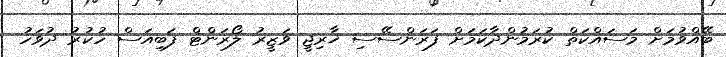
ބޭއްވުމަށް މަސައްކަތް ކުރަމުންދާކަމަށް ފަރަންސޭސި ޚާރިޖީ ވަޒީރު ލޯރަންޓް ފަބިއަސް ހުކުރު ދުވަހު